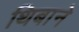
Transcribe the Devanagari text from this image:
थिबाने